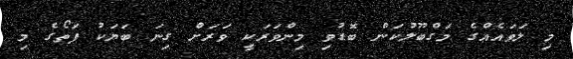
މި ލަވައެއްގެ މަގްބޫލުކަން ބޮޑުވި މިންވަރަކީ ވަރަށް ގިނަ ބަޔަކު ފަތޯގެ މި